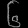
Digit: ၆